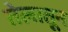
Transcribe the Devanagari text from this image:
तेलातून